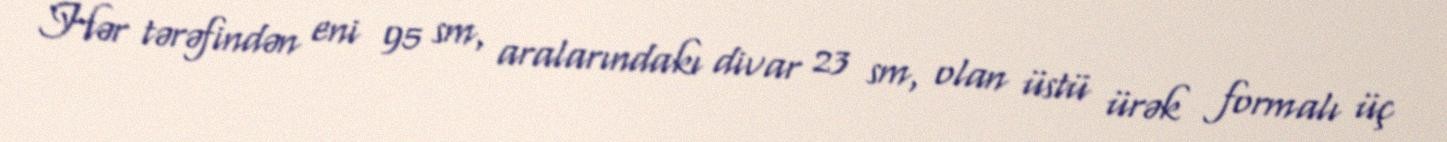
Hər tərəfindən eni 95 sm, aralarındakı divar 23 sm, olan üstü ürək formalı üç